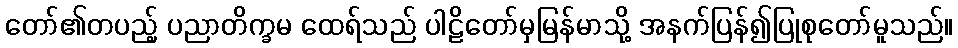
တော်၏တပည့် ပညာတိက္ခမ ထေရ်သည် ပါဠိတော်မှမြန်မာသို့ အနက်ပြန်၍ပြုစုတော်မူသည်။